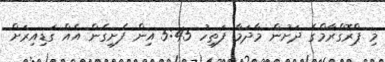
މި ޕްރޮގްރާމްގެ ދަށުން މާދަމާ ފަތިހު 5:45 އިން ފެށިގެން އެއް ގަޑިއިރަށް